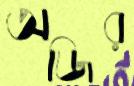
অজির